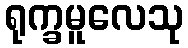
ရုက္ခမူလေသု